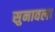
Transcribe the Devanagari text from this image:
सुनावला